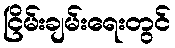
ငြိမ်းချမ်းရေးတွင်